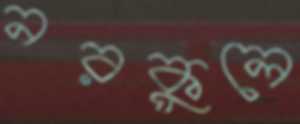
নরকুলে